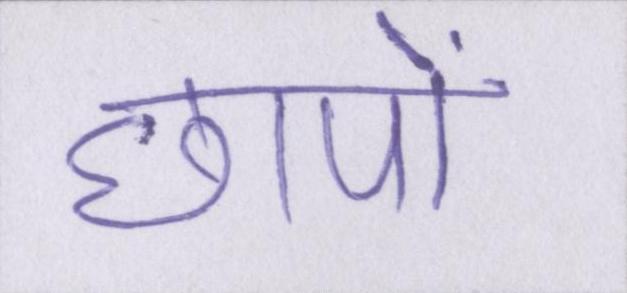
छापों